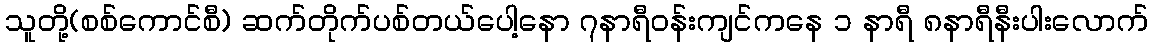
သူတို့(စစ်ကောင်စီ) ဆက်တိုက်ပစ်တယ်ပေါ့နော ၇နာရီဝန်းကျင်ကနေ ၁ နာရီ ၈နာရီနီးပါးလောက်